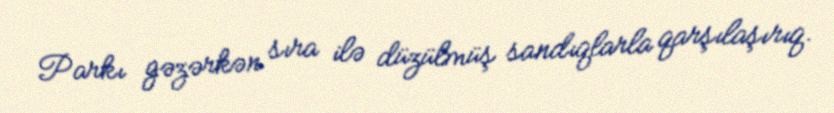
Parkı gəzərkən sıra ilə düzülmüş sandıqlarla qarşılaşırıq.